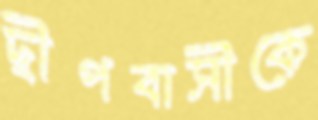
দ্বীপবাসীকে